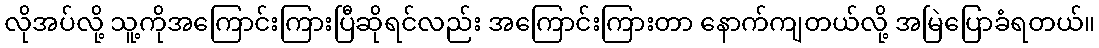
လိုအပ်လို့ သူ့ကိုအကြောင်းကြားပြီဆိုရင်လည်း အကြောင်းကြားတာ နောက်ကျတယ်လို့ အမြဲပြောခံရတယ်။